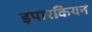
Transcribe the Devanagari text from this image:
इपारकियन